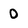
Character: 0